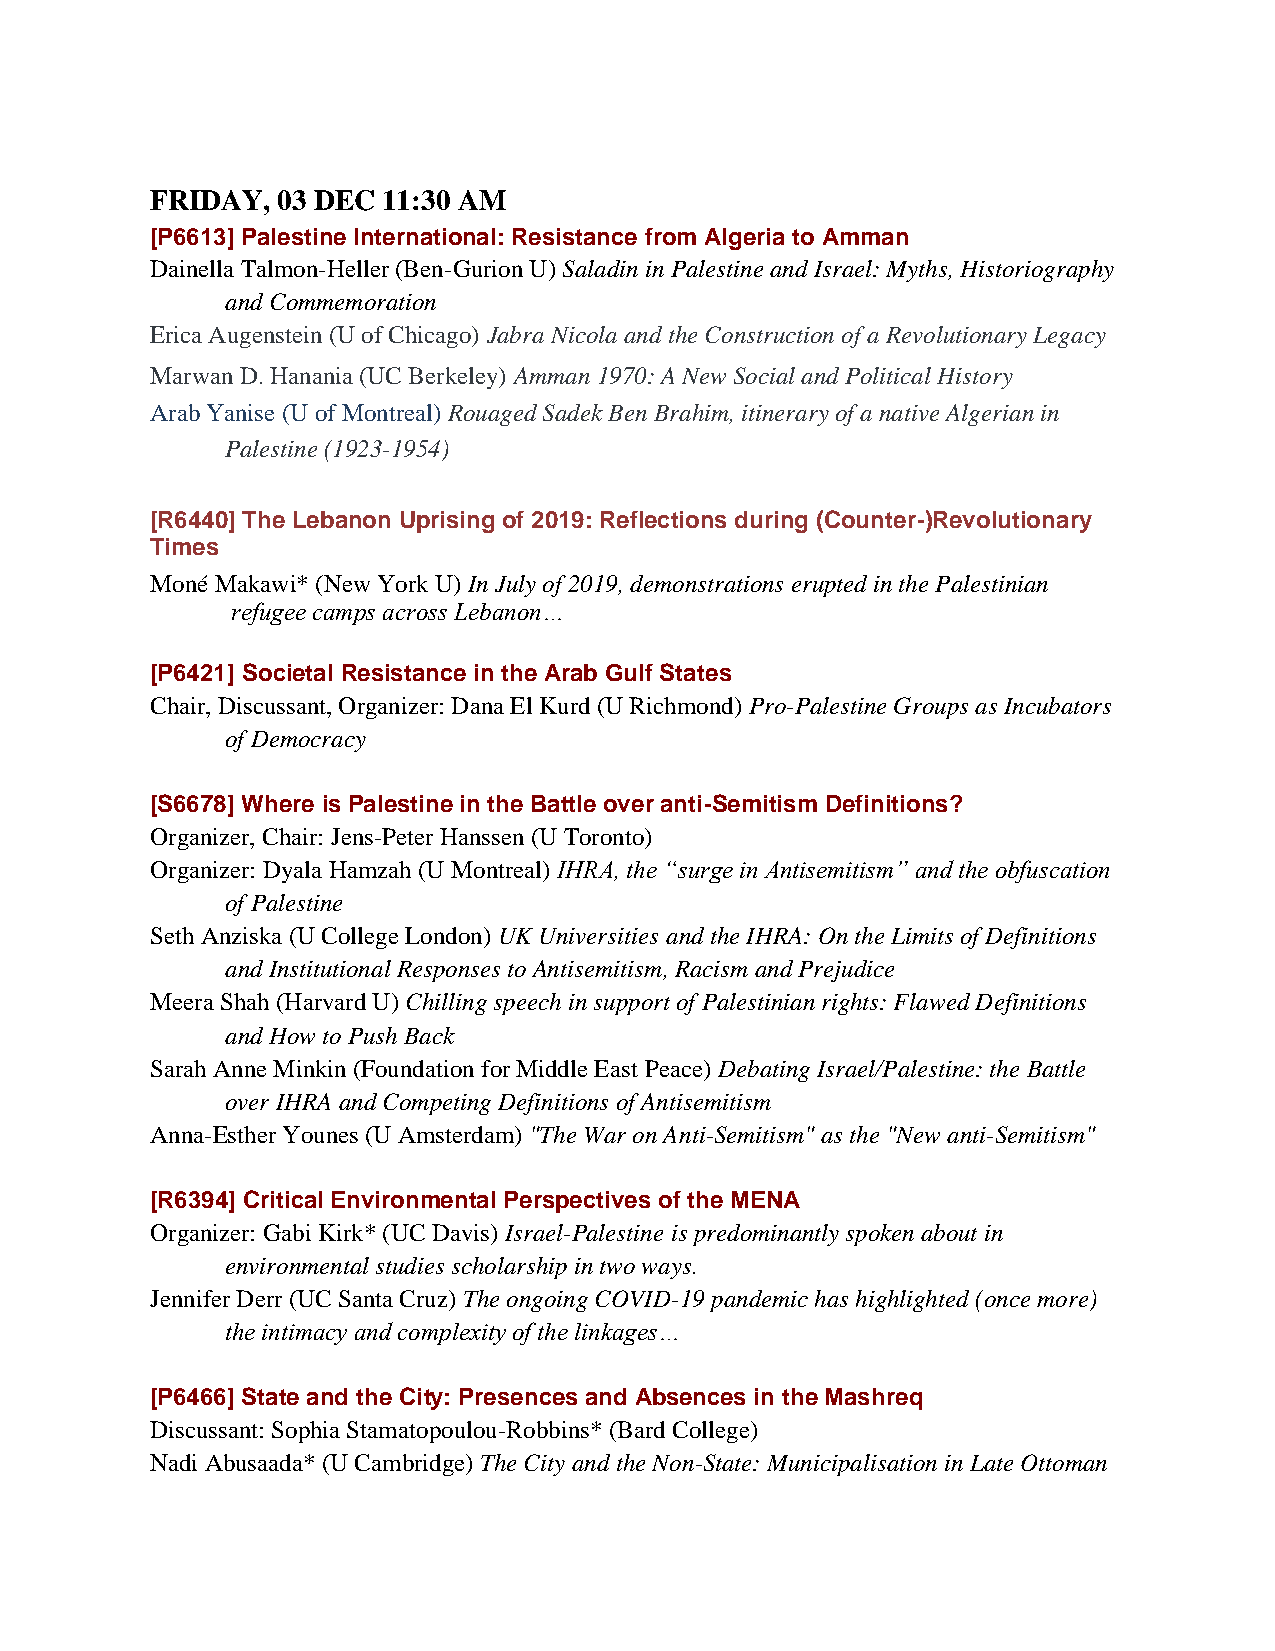
FRIDAY, 03 DEC 11:30 AM
 [P6613] Palestine International: Resistance from Algeria to Amman
 Dainella Talmon-Heller (Ben-Gurion U) Saladin in Palestine and Israel: Myths, Historiography
 and Commemoration
 Erica Augenstein (U of Chicago) Jabra Nicola and the Construction of a Revolutionary Legacy
 Marwan D. Hanania (UC Berkeley) Amman 1970: A New Social and Political History
 Arab Yanise (U of Montreal) Rouaged Sadek Ben Brahim, itinerary of a native Algerian in
 Palestine (1923-1954)
 [R6440] The Lebanon Uprising of 2019: Reflections during (Counter-)Revolutionary
 Times
 Moné Makawi* (New York U) In July of 2019, demonstrations erupted in the Palestinian
 refugee camps across Lebanon…
 [P6421] Societal Resistance in the Arab Gulf States
 Chair, Discussant, Organizer: Dana El Kurd (U Richmond) Pro-Palestine Groups as Incubators
 of Democracy
 [S6678] Where is Palestine in the Battle over anti-Semitism Definitions?
 Organizer, Chair: Jens-Peter Hanssen (U Toronto)
 Organizer: Dyala Hamzah (U Montreal) IHRA, the “surge in Antisemitism” and the obfuscation
 of Palestine
 Seth Anziska (U College London) UK Universities and the IHRA: On the Limits of Definitions
 and Institutional Responses to Antisemitism, Racism and Prejudice
 Meera Shah (Harvard U) Chilling speech in support of Palestinian rights: Flawed Definitions
 and How to Push Back
 Sarah Anne Minkin (Foundation for Middle East Peace) Debating Israel/Palestine: the Battle
 over IHRA and Competing Definitions of Antisemitism
 Anna-Esther Younes (U Amsterdam) "The War on Anti-Semitism" as the "New anti-Semitism"
 [R6394] Critical Environmental Perspectives of the MENA
 Organizer: Gabi Kirk* (UC Davis) Israel-Palestine is predominantly spoken about in
 environmental studies scholarship in two ways.
 Jennifer Derr (UC Santa Cruz) The ongoing COVID-19 pandemic has highlighted (once more)
 the intimacy and complexity of the linkages…
 [P6466] State and the City: Presences and Absences in the Mashreq
 Discussant: Sophia Stamatopoulou-Robbins* (Bard College)
 Nadi Abusaada* (U Cambridge) The City and the Non-State: Municipalisation in Late Ottoman